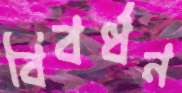
বিবর্ধন